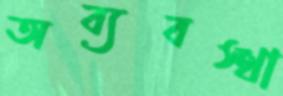
অব্যবস্থা